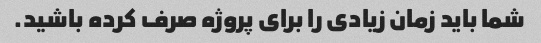
شما باید زمان زیادی را برای پروژه صرف کرده باشید.